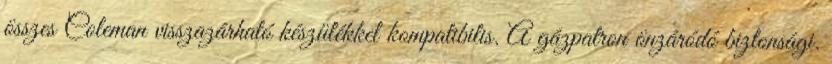
összes Coleman visszazárható készülékkel kompatibilis. A gázpatron önzáródó biztonsági.